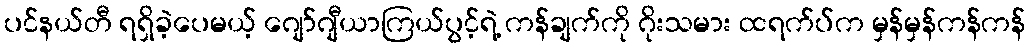
ပင်နယ်တီ ရရှိခဲ့ပေမယ့် ဂျော်ဂျီယာကြယ်ပွင့်ရဲ့ ကန်ချက်ကို ဂိုးသမား ထရက်ပ်က မှန်မှန်ကန်ကန်